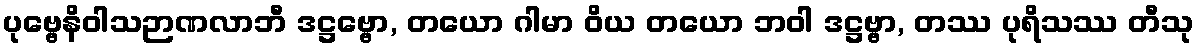
ပုဗ္ဗေနိဝါသဉာဏလာဘီ ဒဋ္ဌဗ္ဗော, တယော ဂါမာ ဝိယ တယော ဘဝါ ဒဋ္ဌဗ္ဗာ, တဿ ပုရိသဿ တီသု